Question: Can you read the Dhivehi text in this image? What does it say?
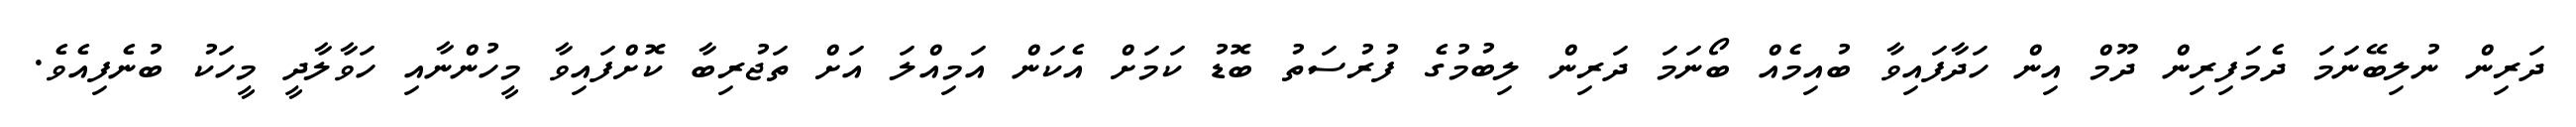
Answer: ދަރިން ނުލިބޭނަމަ ދެމަފިރިން ދޫމް އިން ހަދާފައިވާ ބުއިމެއް ބޯނަމަ ދަރިން ލިބުމުގެ ފުރުސަތު ބޮޑު ކަމަށް އެކަން އަމިއްލަ އަށް ތަޖުރިބާ ކޮށްފައިވާ މީހުންނާއި ހަވާލާދީ މީހަކު ބުނެފިއެވެ.